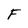
Character: F